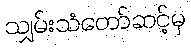
သျှမ်းသံတော်ဆင့်မှ